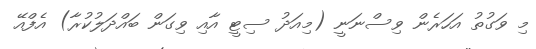
މި ވަގުތު އަހަރެން ވިސްނަނީ (މިއަދު ސިޓީ އާއި ވިގަން ބައްދަލުކުރާ) އެފްއޭ